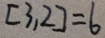
[ 3 , 2 ] = 6